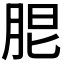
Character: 𦚢